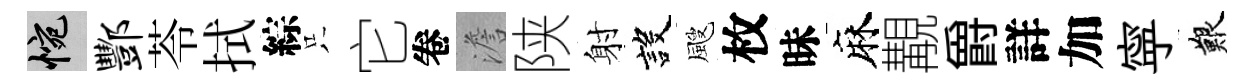
惋酆苓拭綜只它卷澹陕射設颼枚昧麻覯爵詳加寜艱